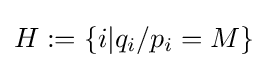
H:=\{i|q_{i}/p_{i}=M\}